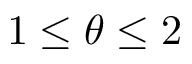
1 \leq \theta \leq 2